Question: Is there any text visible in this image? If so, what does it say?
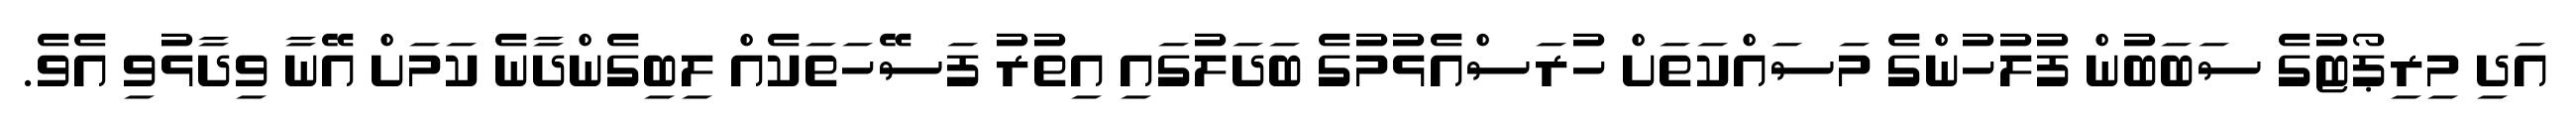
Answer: އަދި މިރިޕޯޓުގެ ސަބަބުން ފުލުހުންގެ މަސައްކަތަށް ހުރަސްއެޅުމުގެ ބަދަލުގައި އިތުރު ފަސޭހަތަކެއް ލިބިގެންދާނެ ކަމަށް އޭނާ ވިދާޅުވި އެވެ.